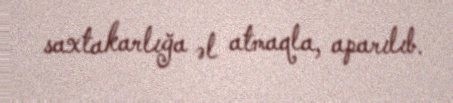
saxtakarlığa əl atmaqla, aparılıb.